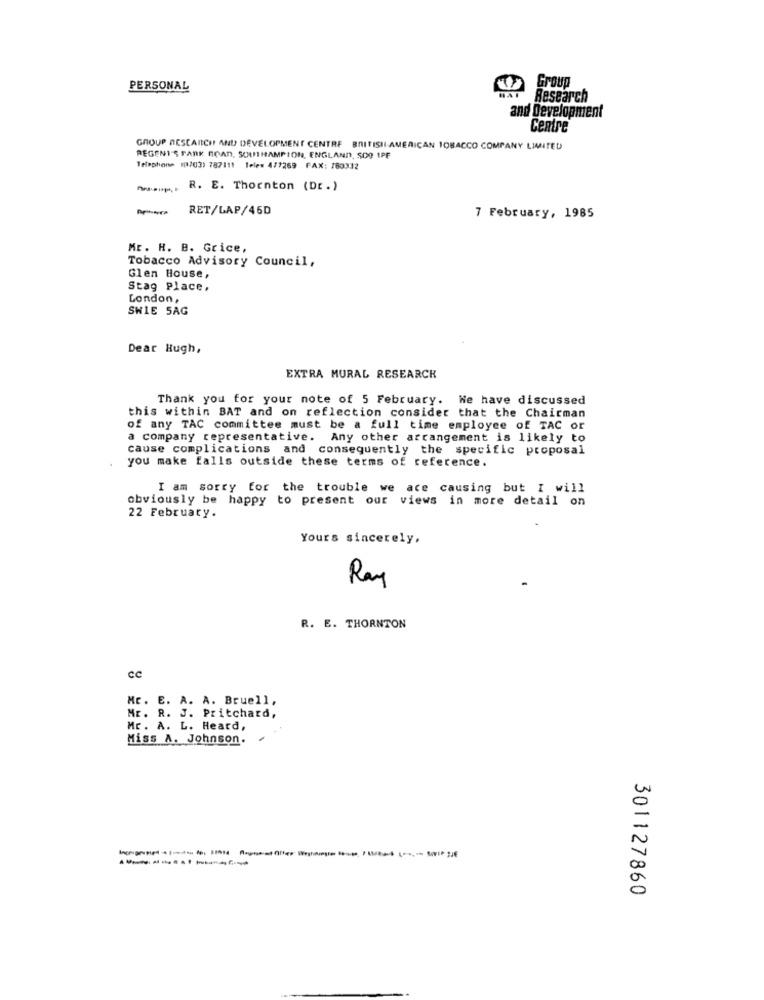
PERSONAL
Group
Research
and Development
Centre
GROUP RESEARCH AND DEVELOPMENT CENTRE BRITISH AMERICAN TOBACCO COMPANY LIMITED
REGENT'S PARK ROAD, SOUTHAMPTON, ENGLAND, SOO IPF
Telephone 10703) 787111 1eles 477269 FAX: 780332
R. E. Thornton (Dr.)
RET/LAP/45D
7 February, 1985
Mr. H. B. Grice,
Tobacco Advisory Council,
Glen House,
Stag Place,
London,
SWIE 5AG
Dear Hugh,
EXTRA MURAL RESEARCH
Thank you for your note of 5 February. He have discussed
this within BAT and on reflection consider that the Chairman
of any TAC committee must be a full time employee of TAC or
a company representative. Any other arrangement is likely to
cause complications and consequently the specific proposal
you make falls outside these terms of reference.
I am sorry for the trouble we are causing but I will
obviously be happy to present our views in more detail on
22 February.
Yours sincerely,
Ray
R. E. THORNTON
cc
Mr. E. A. A. Bruell,
Mr. R. J. Pritchard,
Mr. A. L. Heard,
Miss A. Johnson.
301127860